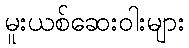
မူးယစ်ဆေးဝါးများ